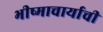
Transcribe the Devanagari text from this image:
भीष्माचार्याची